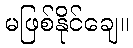
မဖြစ်နိုင်ချေ။